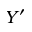
Y ^ { \prime }